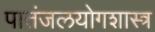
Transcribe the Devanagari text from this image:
पातंजलयोगशास्त्र